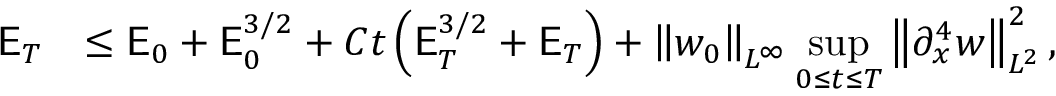
\begin{array} { r l } { \mathsf { E } _ { T } } & { \leq \mathsf { E } _ { 0 } + \mathsf { E } _ { 0 } ^ { 3 / 2 } + C t \left( \mathsf { E } _ { T } ^ { 3 / 2 } + \mathsf { E } _ { T } \right) + \left\| w _ { 0 } \right\| _ { L ^ { \infty } } \displaystyle \operatorname* { s u p } _ { 0 \leq t \leq T } \left\| \partial _ { x } ^ { 4 } w \right\| _ { L ^ { 2 } } ^ { 2 } , } \end{array}